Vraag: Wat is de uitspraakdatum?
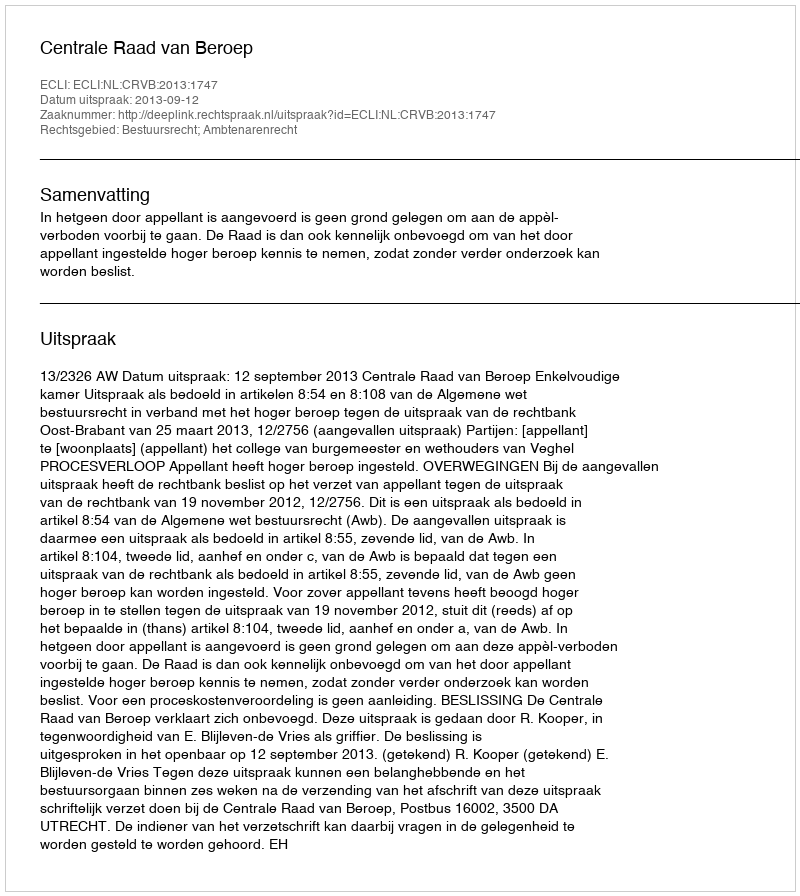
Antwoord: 2013-09-12